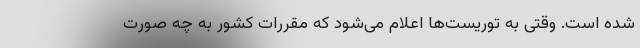
شده است. وقتی به توریست‌ها اعلام می‌شود که مقررات کشور به چه صورت